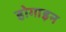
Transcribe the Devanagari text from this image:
होगाइन